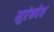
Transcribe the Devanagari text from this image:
मुरंबदेव